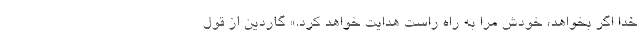
خدا اگر بخواهد، خودش مرا به راه راست هدایت خواهد کرد.» گاردین از قول